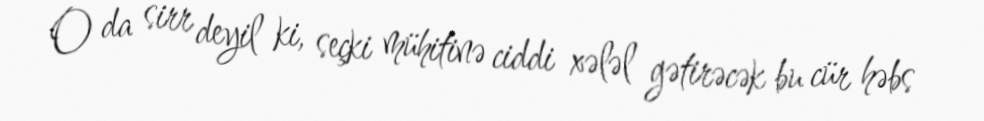
O da sirr deyil ki, seçki mühitinə ciddi xələl gətirəcək bu cür həbs